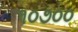
૧૦૭૦૦